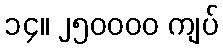
၁၄။ ၂၅၀၀၀၀ ကျပ်